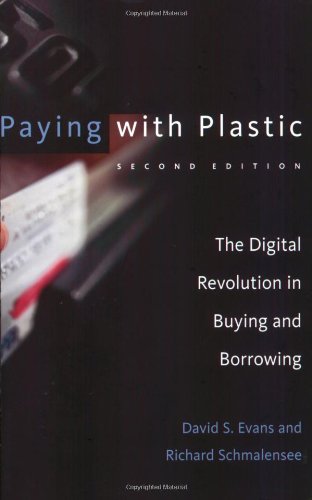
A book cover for Paying with Plastic: The Digital Revolution in Buying and Borrowing; David S. Evans; Business & Money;